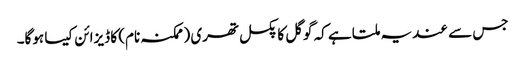
جس سے عندیہ ملتا ہے کہ گوگل کا پکسل تھری (ممکنہ نام) کا ڈیزائن کیسا ہوگا۔